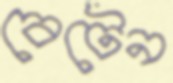
বেটেন